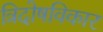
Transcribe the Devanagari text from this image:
त्रिदोषविकार